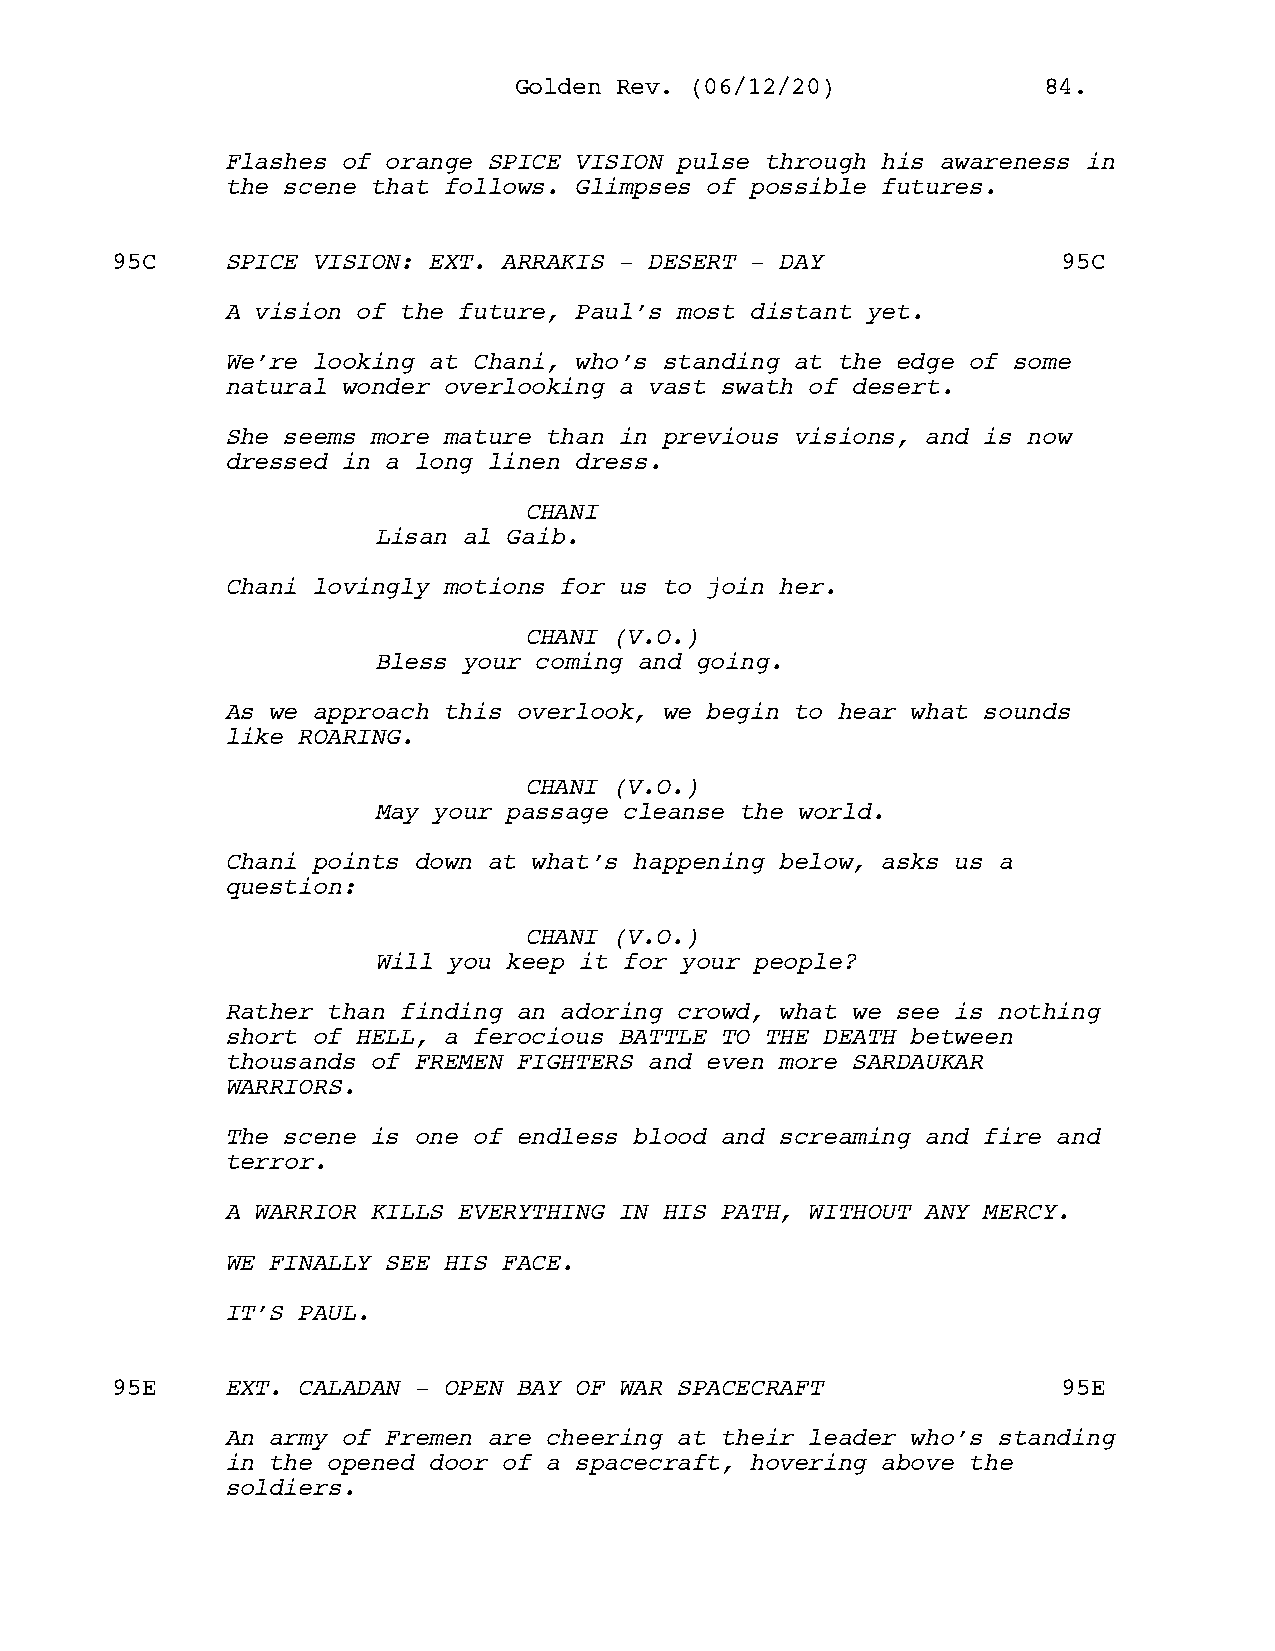
GGoollddeenn RReevv.. ((0066//1122//2200)) 8844..
 Flashes of orange SPICE VISION pulse through his awareness in
 the scene that follows. Glimpses of possible futures.
 95C     SPICE VISION: EXT. ARRAKIS - DESERT - DAY              95C
 A vision of the future, Paul’s most distant yet.
 We’re looking at Chani, who’s standing at the edge of some
 natural wonder overlooking a vast swath of desert.
 She seems more mature than in previous visions, and is now
 dressed in a long linen dress.
 CHANI
 Lisan al Gaib.
 Chani lovingly motions for us to join her.
 CHANI (V.O.)
 Bless your coming and going.
 As we approach this overlook, we begin to hear what sounds
 like ROARING.
 CHANI (V.O.)
 May your passage cleanse the world.
 Chani points down at what’s happening below, asks us a
 question:
 CHANI (V.O.)
 Will you keep it for your people?
 Rather than finding an adoring crowd, what we see is nothing
 short of HELL, a ferocious BATTLE TO THE DEATH between
 thousands of FREMEN FIGHTERS and even more SARDAUKAR
 WARRIORS.
 The scene is one of endless blood and screaming and fire and
 terror.
 A WARRIOR KILLS EVERYTHING IN HIS PATH, WITHOUT ANY MERCY.
 WE FINALLY SEE HIS FACE.
 IT’S PAUL.
 95E     EXT. CALADAN - OPEN BAY OF WAR SPACECRAFT              95E
 An army of Fremen are cheering at their leader who’s standing
 in the opened door of a spacecraft, hovering above the
 soldiers.